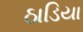
ઠાડિયા